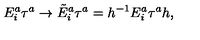
E _ { i } ^ { a } \tau ^ { a } \to \tilde { E } _ { i } ^ { a } \tau ^ { a } = h ^ { - 1 } E _ { i } ^ { a } \tau ^ { a } h ,